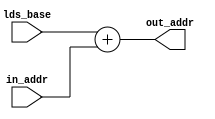
module ds_addr_calc (
 lds_base,
 in_addr,
 out_addr
);

input [15:0] lds_base;
input [31:0] in_addr;
output [31:0] out_addr;

assign out_addr = {16'b0,lds_base} + in_addr;

endmodule